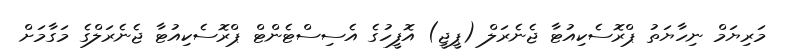
މަރިޔަމް ނިހާޔަތު ޕްރޮސެކިއުޓާ ޖެނެރަލް (ޕީޖީ) އޮފީހުގެ އެސިސްޓެންޓް ޕްރޮސެކިއުޓާ ޖެނެރަލްގެ މަގާމަށް